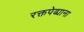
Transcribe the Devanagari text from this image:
रक्तपेढ्याना